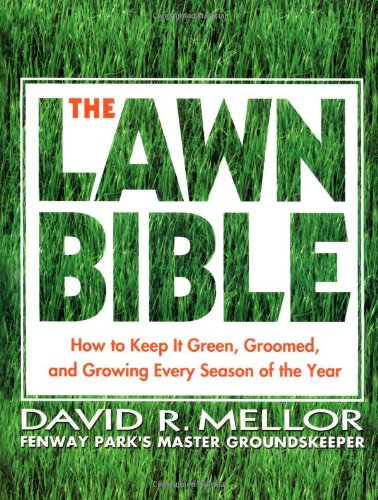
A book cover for The Lawn Bible: How to Keep It Green, Groomed, and Growing Every Season of the Year; David R. Mellor; Crafts, Hobbies & Home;